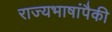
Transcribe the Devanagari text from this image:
राज्यभाषांपैकी